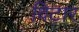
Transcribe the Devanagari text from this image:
विटार